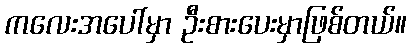
ကလေးအပေါ်မှာ ဦးစားပေးမှာဖြစ်တယ်။